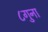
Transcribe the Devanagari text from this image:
८गुना